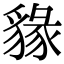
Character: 𧳩